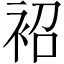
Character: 袑